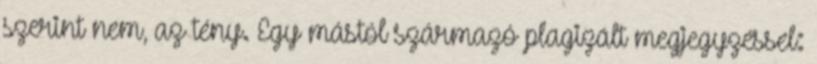
szerint nem, az tény. Egy mástól származó plagizált megjegyzéssel: